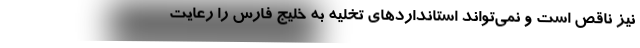
نیز ناقص است و نمی‌تواند استانداردهای تخلیه به خلیج فارس را رعایت